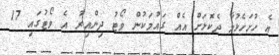
އެ ހުށަހެޅުމާ ދެކޮޅަށް އެއް ގައުމަކުން ވޯޓު ދިންއިރު އެ ވޯޓުގައި 17